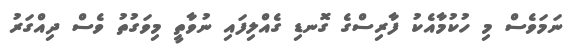
ނަމަވެސް މި ހުކުމާއެކު ފާރިސްގެ ގޮނޑި ގެއްލިފައި ނުވާތީ މިވަގުތު ވެސް ދިއްގަރު